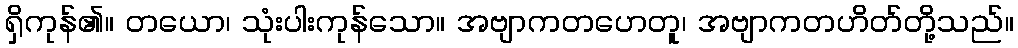
ရှိကုန်၏။ တယော၊ သုံးပါးကုန်သော။ အဗျာကတဟေတူ၊ အဗျာကတဟိတ်တို့သည်။